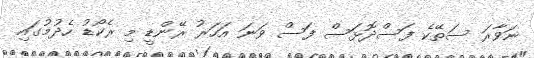
ނަވާރަ ސަތޭކެ ފަސްދޮޅަސް ފަސް ވަނަ އަހަރު ރޭންޑީ މި ރެކޯޑު ހެދުމުގައި